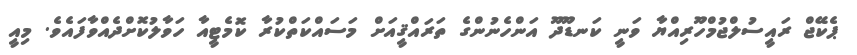
ޕެކޭޖް ރައީސުލްޖުމްހޫރިއްޔާ ވަނީ ކަނޑޫދޫ އަންހެނުންގެ ތަރައްޤީއަށް މަސައްކަތްކުރާ ކޮމެޓީއާ ހަވާލުކޮށްދެއްވާފައެވެ. މިއީ